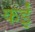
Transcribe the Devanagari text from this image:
कर्इं